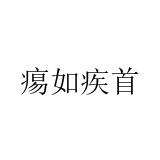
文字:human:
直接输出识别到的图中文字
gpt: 痬如疾首